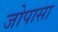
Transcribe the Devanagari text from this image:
जोपासा